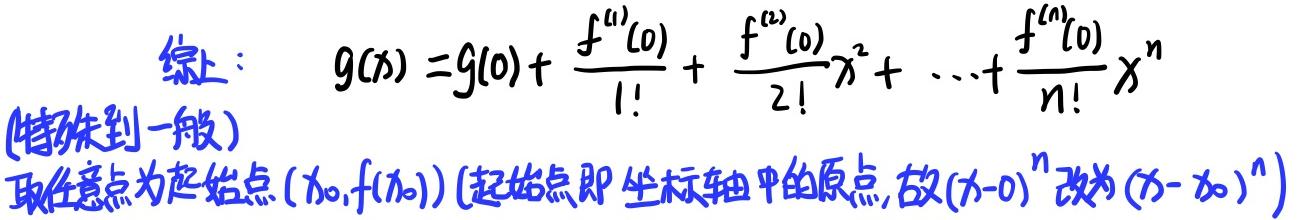
综上：
\[ g(x) = g(0) + \frac{f^{(1)}(0)}{1!} + \frac{f^{(2)}(0)}{2!}x^{2} + \cdots + \frac{f^{(n)}(0)}{n!}x^{n} \]
(特殊到一般)
取任意点为起始点 \((x_0,f(x_0))\) (起始点即坐标轴中的原点, 故 \((x - 0)^{n}\) 改为 \((x - x_0)^{n}\))